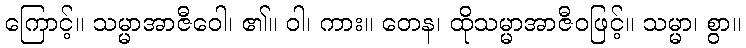
ကြောင့်။ သမ္မာအာဇီဝေါ၊ ၏။ ဝါ၊ ကား။ တေန၊ ထိုသမ္မာအာဇီဝဖြင့်။ သမ္မာ၊ စွာ။